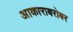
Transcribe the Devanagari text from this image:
आकाराबरोबर